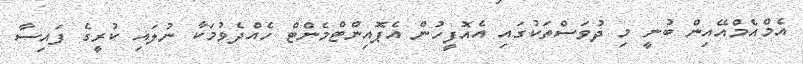
އެމްއެމްއޭއިން ބުނީ މި ދުވަސްތަކުގައި އެއޮފީހުން އެޕޮއިންޓްމެންޓް ހެއްދެވުމަކާ ނުލައި ކުރީގެ ފައިސާ